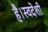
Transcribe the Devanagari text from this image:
है।स्वदेशी